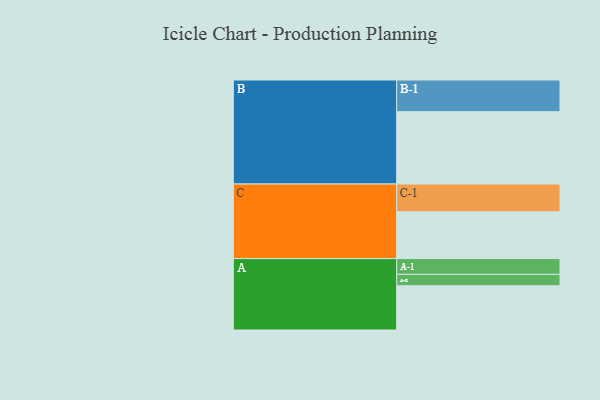
{"axis": {"x": "Segment", "y": "Value"}, "legend": ["", "A", "B", "C"], "data": [{"x": "A", "y": 342, "type": ""}, {"x": "B", "y": 559, "type": ""}, {"x": "C", "y": 362, "type": ""}, {"x": "A-1", "y": 122, "type": "A"}, {"x": "A-2", "y": 88, "type": "A"}, {"x": "B-1", "y": 245, "type": "B"}, {"x": "C-1", "y": 214, "type": "C"}]}